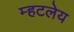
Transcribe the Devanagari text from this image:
म्हटलेय